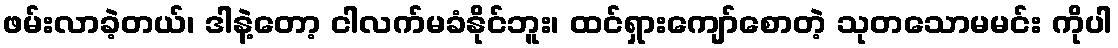
ဖမ်းလာခဲ့တယ်၊ ဒါနဲ့တော့ ငါလက်မခံနိုင်ဘူး၊ ထင်ရှားကျော်စောတဲ့ သုတသောမမင်း ကိုပါ